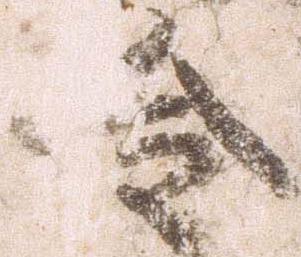
令